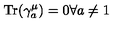
{ \mathrm { T r } } ( \gamma _ { a } ^ { \mu } ) = 0 \forall a \not = 1